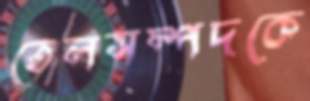
তেলসম্পদকে